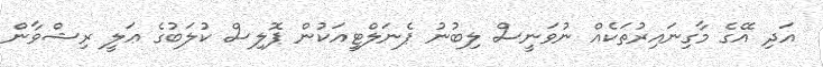
އަދި އޭގެ މާގިނައިރުތަކެއް ނުވަނީސް ލިބުނު ޕެނަލްޓީއަކުން ޕޮލިސް ކުލަބުގެ ޢަލީ ރިޝްވާން